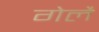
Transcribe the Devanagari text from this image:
गेलै